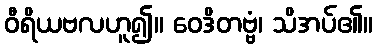
ဝီရိယဗလဟူ၍။ ဝေဒိတဗ္ဗံ၊ သိအပ်၏။